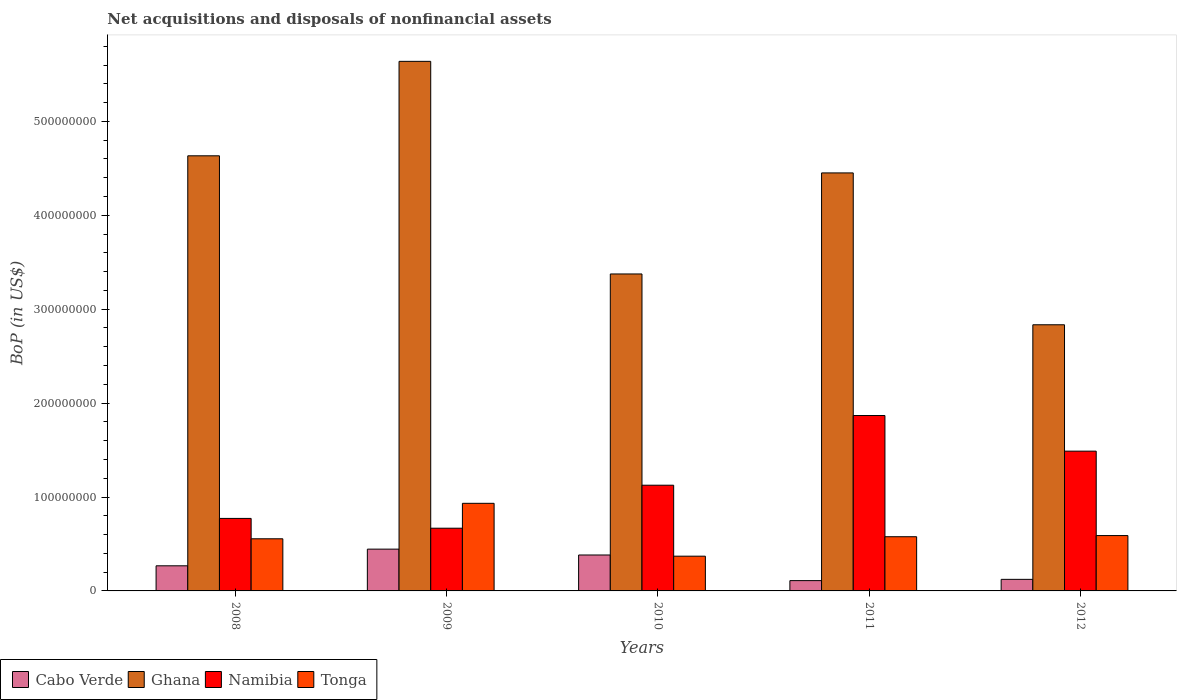
| Years | Cabo Verde | Ghana | Namibia | Tonga |
 | --- | --- | --- | --- | --- |
 | 2008 | 2.67e+07 | 4.63e+08 | 7.72e+07 | 5.55e+07 |
 | 2009 | 4.45e+07 | 5.64e+08 | 6.68e+07 | 9.33e+07 |
 | 2010 | 3.83e+07 | 3.38e+08 | 1.13e+08 | 3.7e+07 |
 | 2011 | 1.1e+07 | 4.45e+08 | 1.87e+08 | 5.77e+07 |
 | 2012 | 1.23e+07 | 2.83e+08 | 1.49e+08 | 5.89e+07 |